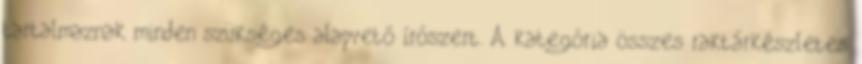
tartalmaznak minden szükséges alapvető írószert. A kategória összes raktárkészletes